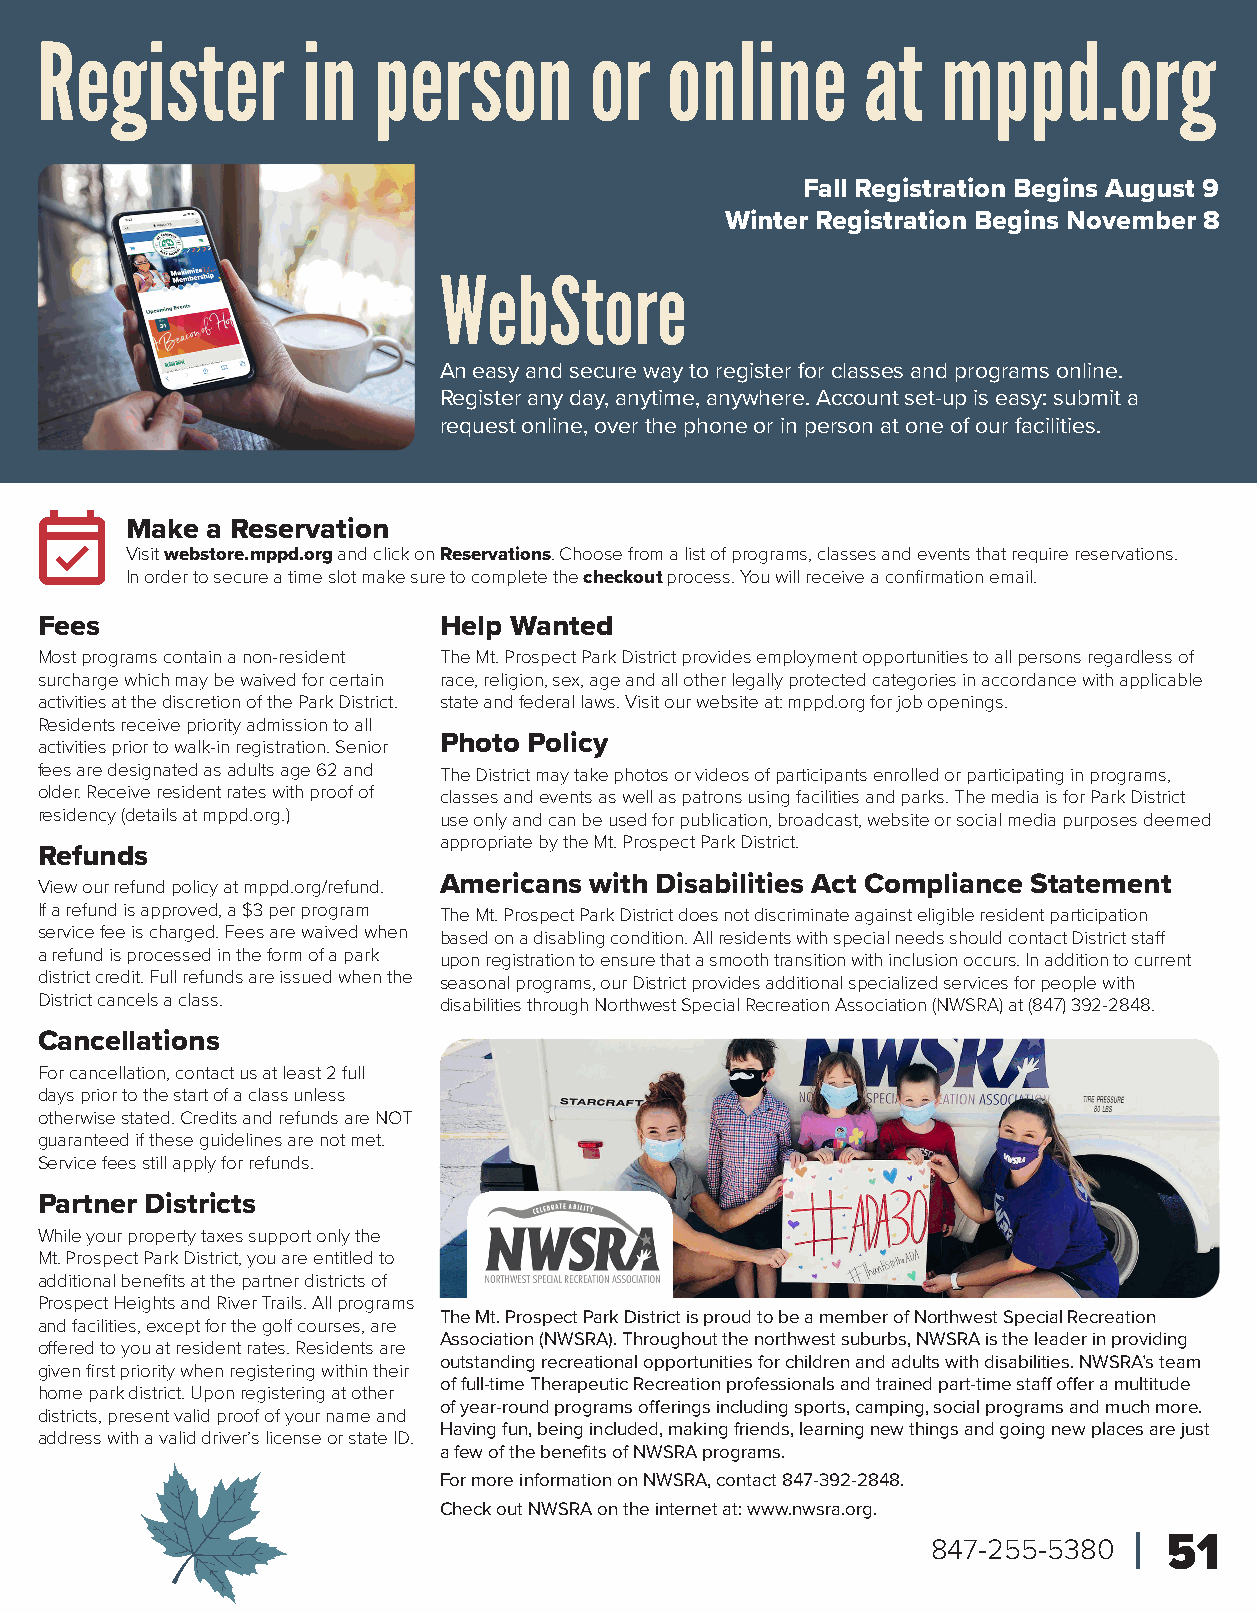
Register          in   person        or   online       at   mppd.org
 Fall Registration Begins August 9
 Winter Registration Begins November 8
 WebStore
 An easy and secure way to register for classes and programs online.
 Register any day, anytime, anywhere. Account set-up is easy: submit a
 request online, over the phone or in person at one of our facilities.
 Make  a Reservation
 Visit webstore.mppd.org and click on Reservations. Choose from a list of programs, classes and events that require reservations.
 In order to secure a time slot make sure to complete the checkout process. You will receive a confirmation email.
 Fees                       Help Wanted
 Most programs contain a non-resident The Mt. Prospect Park District provides employment opportunities to all persons regardless of
 surcharge which may be waived for certain race, religion, sex, age and all other legally protected categories in accordance with applicable
 activities at the discretion of the Park District. state and federal laws. Visit our website at: mppd.org for job openings.
 Residents receive priority admission to all
 activities prior to walk-in registration. Senior Photo Policy
 fees are designated as adults age 62 and The District may take photos or videos of participants enrolled or participating in programs,
 older. Receive resident rates with proof of classes and events as well as patrons using facilities and parks. The media is for Park District
 residency (details at mppd.org.) use only and can be used for publication, broadcast, website or social media purposes deemed
 appropriate by the Mt. Prospect Park District.
 Refunds
 View our refund policy at mppd.org/refund. Americans with Disabilities Act Compliance Statement
 If a refund is approved, a $3 per program The Mt. Prospect Park District does not discriminate against eligible resident participation
 service fee is charged. Fees are waived when based on a disabling condition. All residents with special needs should contact District staff
 a refund is processed in the form of a park upon registration to ensure that a smooth transition with inclusion occurs. In addition to current
 district credit. Full refunds are issued when the seasonal programs, our District provides additional specialized services for people with
 District cancels a class.  disabilities through Northwest Special Recreation Association (NWSRA) at (847) 392-2848.
 Cancellations
 For cancellation, contact us at least 2 full
 days prior to the start of a class unless
 otherwise stated. Credits and refunds are NOT
 guaranteed if these guidelines are not met.
 Service fees still apply for refunds.
 Partner Districts
 While your property taxes support only the
 Mt. Prospect Park District, you are entitled to
 additional benefits at the partner districts of
 Prospect Heights and River Trails. All programs
 The Mt. Prospect Park District is proud to be a member of Northwest Special Recreation
 and facilities, except for the golf courses, are
 Association (NWSRA). Throughout the northwest suburbs, NWSRA is the leader in providing
 offered to you at resident rates. Residents are
 outstanding recreational opportunities for children and adults with disabilities. NWSRA’s team
 given first priority when registering within their
 of full-time Therapeutic Recreation professionals and trained part-time staff offer a multitude
 home park district. Upon registering at other
 of year-round programs offerings including sports, camping, social programs and much more.
 districts, present valid proof of your name and
 Having fun, being included, making friends, learning new things and going new places are just
 address with a valid driver’s license or state ID.
 a few of the benefits of NWSRA programs.
 For more information on NWSRA, contact 847-392-2848.
 Check out NWSRA on the internet at: www.nwsra.org.
 847-255-5380   51